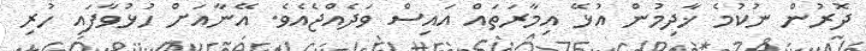
ދޮރުން ނުކުމެ ޚާދިމުން އުޅޭ އިމާރަތައް އައިސް ވަދެއްޖެއެވެ. އޭނާއަށް ހުޅުވާފައި ހުރި